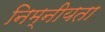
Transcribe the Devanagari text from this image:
निम्नीयता